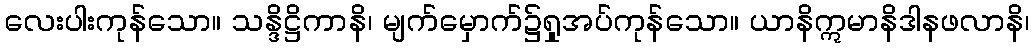
လေးပါးကုန်သော။ သန္ဒိဋ္ဌိကာနိ၊ မျက်မှောက်၌ရှုအပ်ကုန်သော။ ယာနိဣမာနိဒါနဖလာနိ၊